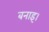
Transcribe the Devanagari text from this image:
बनाइ।